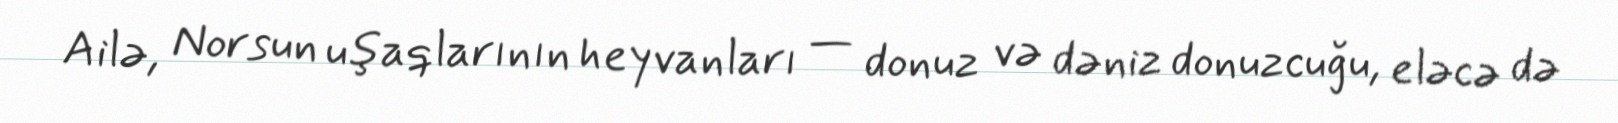
Ailə, Norsun uşaqlarının heyvanları — donuz və dəniz donuzcuğu, eləcə də